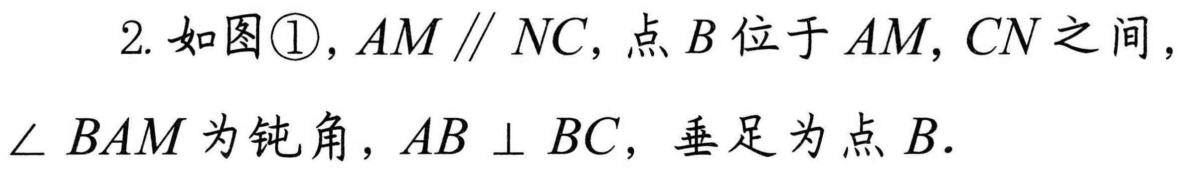
2. 如图\textcircled{1}，\(AM\parallel NC\)，点\(B\)位于\(AM,CN\)之间，\(\angle BAM\)为钝角，\(AB\perp BC\)，垂足为点\(B\).